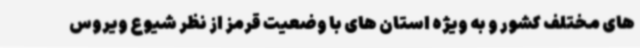
های مختلف کشور و به ویژه استان های با وضعیت قرمز از نظر شیوع ویروس